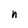
Character: n